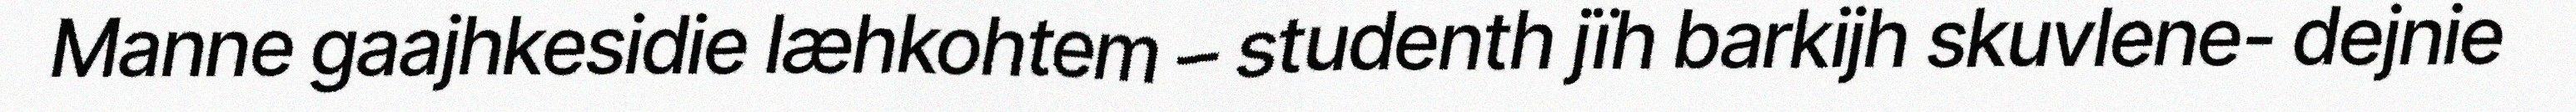
Manne gaajhkesidie læhkohtem – studenth jïh barkijh skuvlene- dejnie